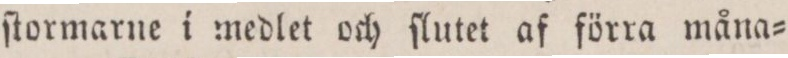
ſtormarne i medlet och ſlutet af förra måna=